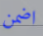
اضمن